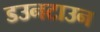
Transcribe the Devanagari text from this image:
डउनटाउन